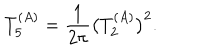
T _ { 5 } ^ { ( A ) } = { \frac { 1 } { 2 \pi } } \big ( T _ { 2 } ^ { ( A ) } \big ) ^ { 2 } .